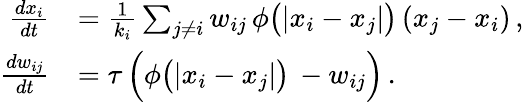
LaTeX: \begin{array}{rl}{\frac{dx_{i}}{dt}}&{=\frac{1}{k_{i}}\sum_{j\neq i}w_{ij}\, \phi\big(|x_{i}-x_{j}|\big)\, (x_{j}-x_{i})\, ,}\\ {\frac{dw_{ij}}{dt}}&{=\tau\, \Big(\phi\big(|x_{i}-x_{j}|\big)\, -w_{ij}\Big)\, .}\end{array}